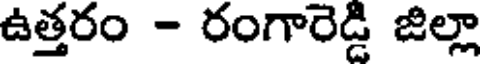
ఉత్తరం - రంగారెడ్డి జిల్లా